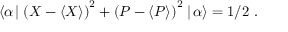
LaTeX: \langle \alpha \! \mid \left( { X } - \langle X \rangle \right) ^ { 2 } + \left( { P } - \langle P \rangle \right) ^ { 2 } \mid \! \alpha \rangle = 1 / 2 ~ .